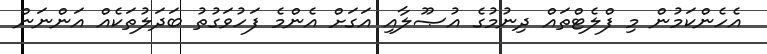
އެހެންކަމުން މި ފްލެޓްތައް ދިނުމުގެ އުޞޫލާއި އަގަށް އެންމެ ފަހުވަގުތު ބަދަލުތަކެއް އަންނަން